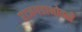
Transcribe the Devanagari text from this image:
राजगडाभोवती